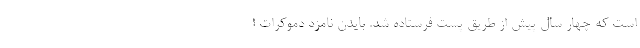
است که چهار سال پیش از طریق پست فرستاده شد. بایدن نامزد دموکرات ا